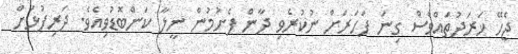
ޖެހޭ ޚަރަދުތައްވެސް ގިނަ ފަހަރަށް ނުކުރެވި ދާން ފެށުމުން ނީލާ ކަންބޮޑުވިއެވެ. ދަރިފުޅަށް